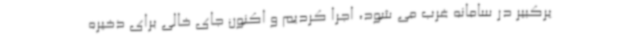
یرکبیر در سامانه غرب می شود، اجرا کردیم و اکنون جای خالی برای ذخیره